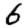
Digit: 6